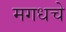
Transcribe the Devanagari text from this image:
मगधचे